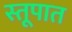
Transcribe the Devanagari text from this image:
स्तूपात